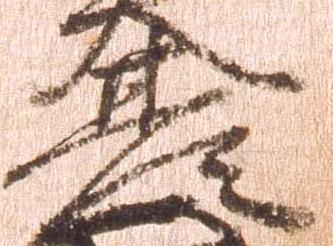
基